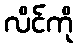
လိင်ကို